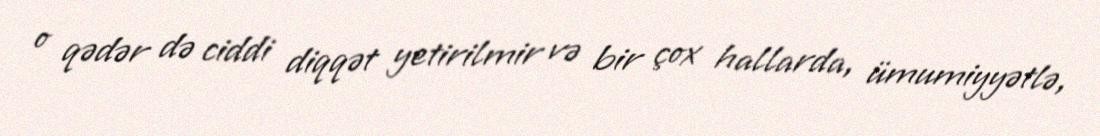
o qədər də ciddi diqqət yetirilmir və bir çox hallarda, ümumiyyətlə,